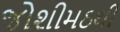
જોશીમઠથી